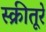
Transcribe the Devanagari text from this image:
स्क्रीतूरे